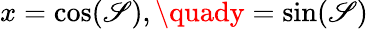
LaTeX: x=\cos(\mathscr{S}),\quady=\sin(\mathscr{S})